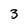
Character: 3